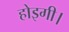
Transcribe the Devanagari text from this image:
होइगी।